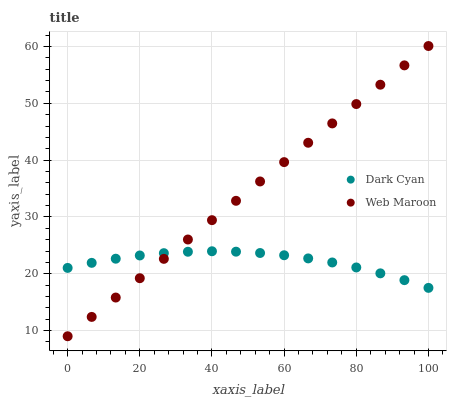
| xaxis_label | Dark Cyan | Web Maroon |
 | --- | --- | --- |
 | 0 | 21 | 9 |
 | 6.67 | 21.9 | 12.4 |
 | 13.3 | 22.7 | 15.8 |
 | 20 | 23.2 | 19.2 |
 | 26.7 | 23.6 | 22.6 |
 | 33.3 | 23.9 | 26 |
 | 40 | 24 | 29.4 |
 | 46.7 | 23.9 | 32.8 |
 | 53.3 | 23.7 | 36.2 |
 | 60 | 23.3 | 39.7 |
 | 66.7 | 22.7 | 43.1 |
 | 73.3 | 22 | 46.5 |
 | 80 | 21.1 | 49.9 |
 | 86.7 | 20.1 | 53.3 |
 | 93.3 | 18.9 | 56.7 |
 | 100 | 17.5 | 60.1 |